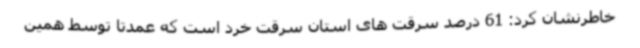
خاطرنشان کرد: 61 درصد سرقت های استان سرقت خرد است که عمدتا توسط همین